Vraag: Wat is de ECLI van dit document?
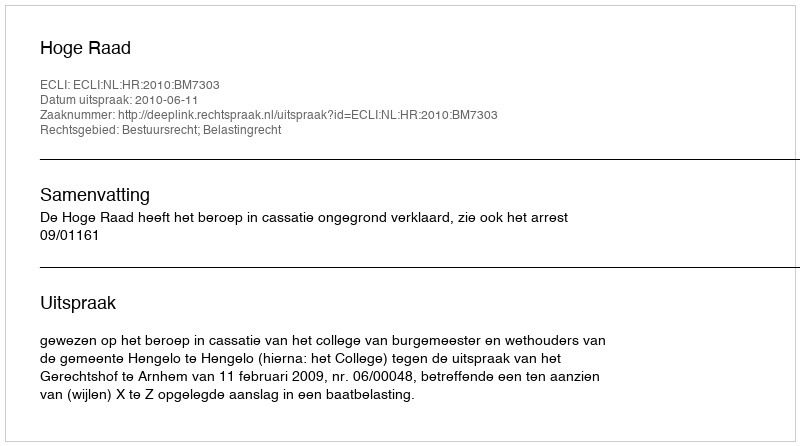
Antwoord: ECLI:NL:HR:2010:BM7303